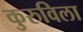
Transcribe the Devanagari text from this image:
कुरुविला